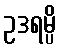
ဥဒရမ္ပိ